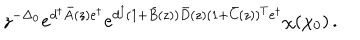
LaTeX: z ^ { - \Delta _ { 0 } } e ^ { d ^ { \dagger } \bar { A } ( z ) e ^ { \dagger } } e ^ { d ^ { \dagger } ( 1 + \bar { B } ( z ) ) \bar { D } ( z ) ( 1 + \bar { C } ( z ) ) ^ { T } e ^ { \dagger } } \chi ( \chi _ { 0 } ) \, .